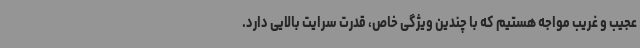
عجیب و غریب مواجه هستیم که با چندین ویژگی خاص، قدرت سرایت بالایی دارد.